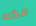
مخه